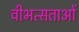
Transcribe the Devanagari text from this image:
वीभत्सताओं